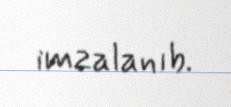
imzalanıb.